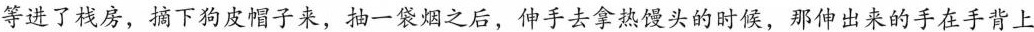
等进了栈房，摘下狗皮帽子来，抽一袋烟之后，伸手去拿热馒头的时候，那伸出来的手在手背上